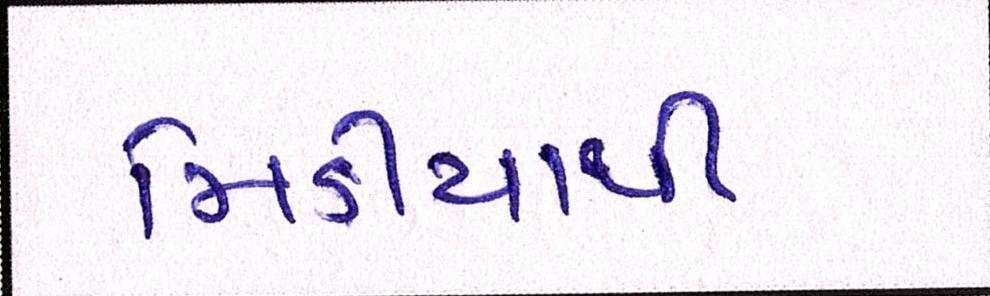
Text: મિડીયાથી